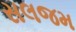
સલજમ